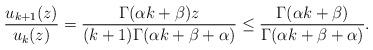
LaTeX: \begin{align*}\frac{u_{k+1}(z)}{u_{k}(z)}=\frac{\Gamma(\alpha k+\beta)z}{(k+1)\Gamma(\alpha k+\beta+\alpha)}\leq\frac{\Gamma(\alpha k+\beta)}{\Gamma(\alpha k+\beta+\alpha)}.\end{align*}